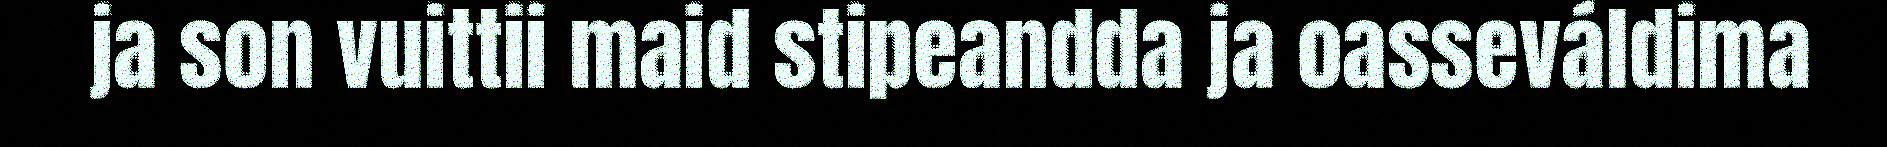
ja son vuittii maid stipeandda ja oasseváldima